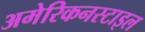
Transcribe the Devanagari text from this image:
अमेरिकनस्टाइल